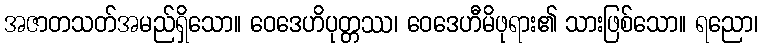
အဇာတသတ်အမည်ရှိသော။ ဝေဒေဟိပုတ္တဿ၊ ဝေဒေဟီမိဖုရား၏ သားဖြစ်သော။ ရညော၊